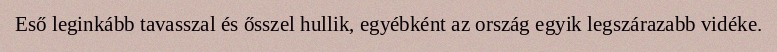
Eső leginkább tavasszal és ősszel hullik, egyébként az ország egyik legszárazabb vidéke.